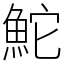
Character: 鮀